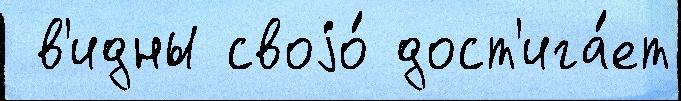
 в'идны своjо́ дост'ига́ет